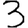
Digit: 3